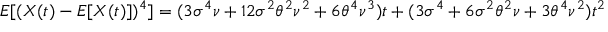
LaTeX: E [ ( X ( t ) - E [ X ( t ) ] ) ^ { 4 } ] = ( 3 \sigma ^ { 4 } \nu + 1 2 \sigma ^ { 2 } \theta ^ { 2 } \nu ^ { 2 } + 6 \theta ^ { 4 } \nu ^ { 3 } ) t + ( 3 \sigma ^ { 4 } + 6 \sigma ^ { 2 } \theta ^ { 2 } \nu + 3 \theta ^ { 4 } \nu ^ { 2 } ) t ^ { 2 }